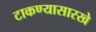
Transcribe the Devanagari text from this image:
टाकण्यासारखे